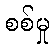
စစ်မှု